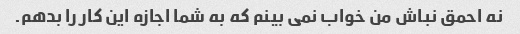
نه احمق نباش من خواب نمی بینم که به شما اجازه این کار را بدهم.